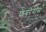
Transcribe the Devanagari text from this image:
फेबरेगॉस